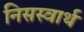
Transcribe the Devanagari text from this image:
निसस्वार्थ